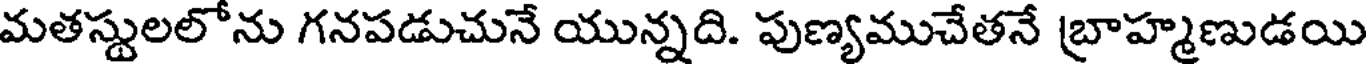
మతస్టులలోను గనపడుచునే యున్నది. పుణ్యముచేతనే బ్రాహ్మణుడయి